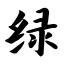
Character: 绿